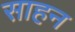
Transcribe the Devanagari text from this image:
साहन